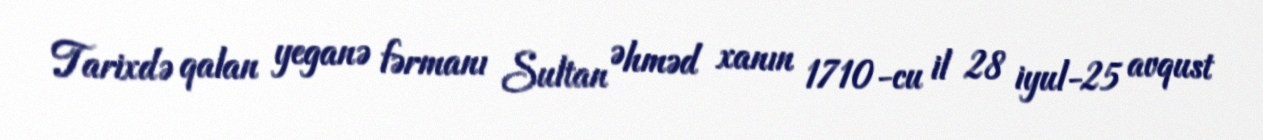
Tarixdə qalan yeganə fərmanı Sultan Əhməd xanın 1710-cu il 28 iyul-25 avqust